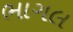
ભાગલ